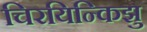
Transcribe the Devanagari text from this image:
चिरयिन्किझु